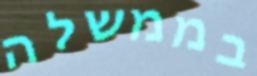
בממשלה